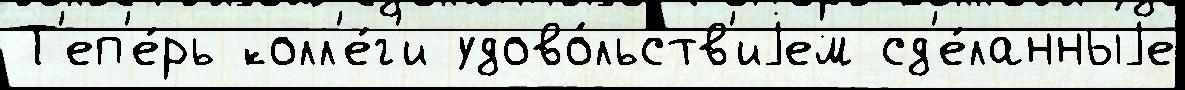
Т'еп'е́рь колл'е́г'и удово́льств'иjем сд'е́ланныjе